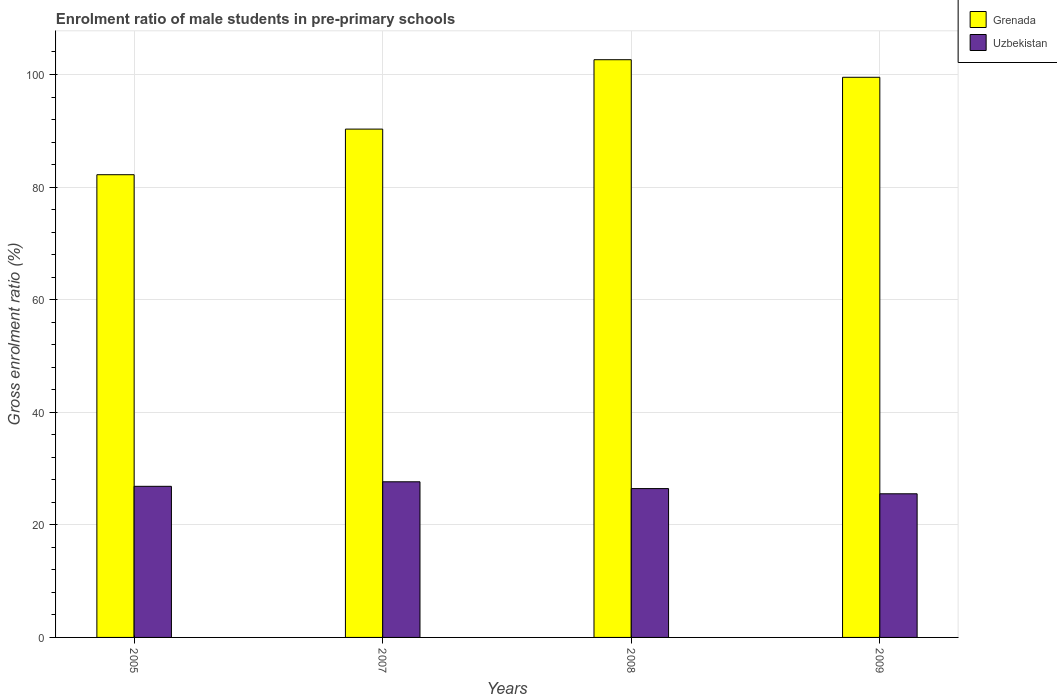
| Years | Grenada | Uzbekistan |
 | --- | --- | --- |
 | 2005 | 82.2 | 26.8 |
 | 2007 | 90.3 | 27.6 |
 | 2008 | 103 | 26.4 |
 | 2009 | 99.5 | 25.5 |